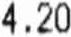
4.20